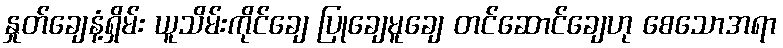
နှုတ်ချေနံ့ရှိမ်း ယူသိမ်းကိုင်ချေ ပြုချေမူချေ တင်ဆောင်ချေဟု စေသောအရာ